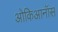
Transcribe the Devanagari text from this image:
ओकिआनॉस